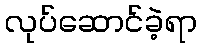
လုပ်ဆောင်ခဲ့ရာ